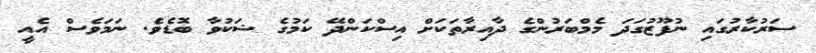
ސަރުކާރުގައި ނުފޫޒުގަދަ މެމްބަރުންގެ ދާއިރާތަކަށް އިސްކަންދޭ ކަމުގެ ޝަކުވާ ބޮޑެވެ. ނަމަވެސް އެއީ